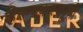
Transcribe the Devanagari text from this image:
हिरण्यकश्यपूची